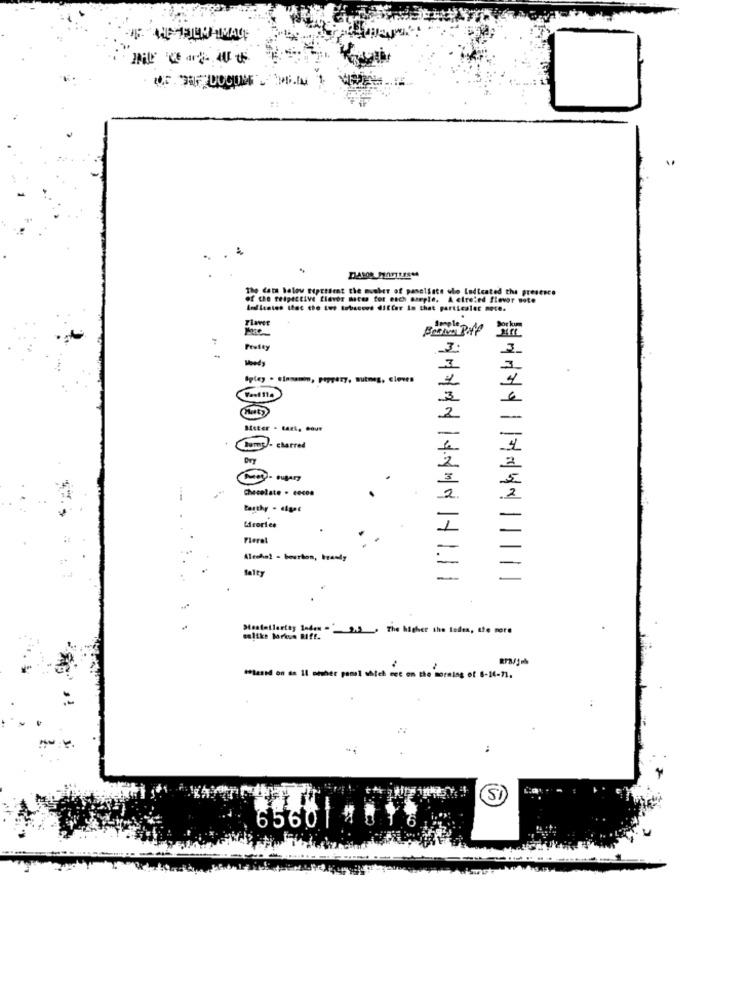
.
The Cata below Eipttient the mucher of panelists who Indicated the presence
of the teipective flavor mates for each oueple, A etreled flavor note
lufientes that the Lus tubacons differ in that particaler noce.
Flavet
Apple Du
7
3
Ipley . finnsni, peppery, Butmeg, cieves
1
3
Bitter - tant, cour
+
Cump- charred
Dry
Chocolate . cocoa
tagthy - digat
Fleret
Alcohol - bourlon, brandy
Salty
Mastatlarity 1nd44 -2.3 . The higher the tedes, the more
eslike Moreun RIfr.
"lased on dn Il other pamsl which met on the morning of 8-14-71.
SI
65601 #8